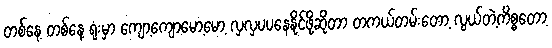
တစ်နေ့ တစ်နေ့ ရုံးမှာ ကျော့ကျော့မော့မော့ လှလှပပနေနိုင်ဖို့ဆိုတာ တကယ်တမ်းတော့ လွယ်တဲ့ကိစ္စတော့